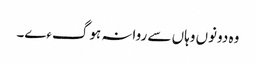
وہ دونوں وہاں سے روانہ ہوگءے۔